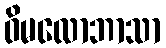
ဝိမလောဘာသာ